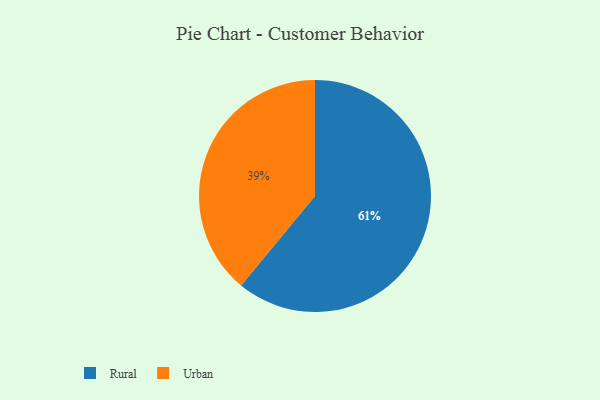
{"axis": {"x": "Category", "y": "Percentage"}, "legend": ["Rural", "Urban"], "data": [{"x": "Urban", "y": 39, "type": "Urban"}, {"x": "Rural", "y": 61, "type": "Rural"}]}